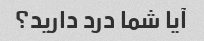
آیا شما درد دارید؟